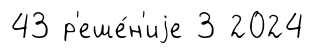
43 р'еше́н'иjе 3 2024